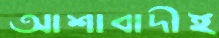
আশাবাদীই